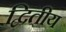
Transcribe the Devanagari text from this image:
द्बितीय